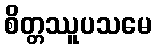
စိတ္တဿူပသမေ